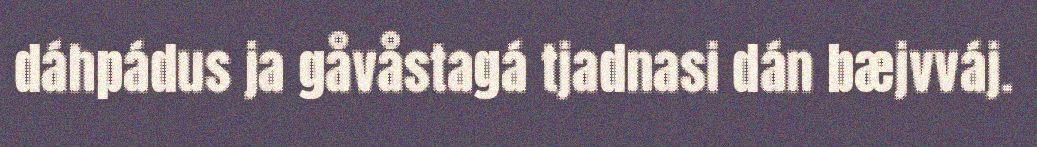
dáhpádus ja gåvåstagá tjadnasi dán bæjvváj.